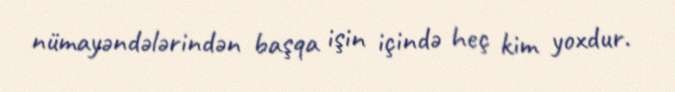
nümayəndələrindən başqa işin içində heç kim yoxdur.